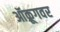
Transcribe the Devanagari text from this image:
ऑक्रूगवर